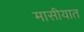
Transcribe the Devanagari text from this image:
मासीयात